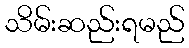
သိမ်းဆည်းရမည်